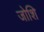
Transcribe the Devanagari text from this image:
जोशि